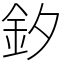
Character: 釸